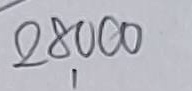
28,000